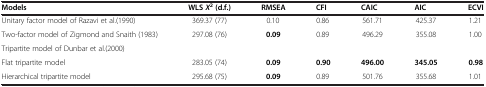
<table><thead><tr><td><b>Models</b></td><td><b>WLS <i>X</i><sup>2 </sup>(d.f.)</b></td><td><b>RMSEA</b></td><td><b>CFI</b></td><td><b>CAIC</b></td><td><b>AIC</b></td><td><b>ECVI</b></td></tr></thead><tbody><tr><td>Unitary factor model of Razavi et al.(1990)</td><td>369.37 (77)</td><td>0.10</td><td>0.86</td><td>561.71</td><td>425.37</td><td>1.21</td></tr><tr><td>Two-factor model of Zigmond and Snaith (1983)</td><td>297.08 (76)</td><td><b>0.09</b></td><td>0.89</td><td>496.29</td><td>355.08</td><td>1.00</td></tr><tr><td>Tripartite model of Dunbar et al.(2000)</td><td> </td><td> </td><td> </td><td> </td><td> </td><td> </td></tr><tr><td>Flat tripartite model</td><td>283.05 (74)</td><td><b>0.09</b></td><td><b>0.90</b></td><td><b>496.00</b></td><td><b>345.05</b></td><td><b>0.98</b></td></tr><tr><td>Hierarchical tripartite model</td><td>295.68 (75)</td><td><b>0.09</b></td><td>0.89</td><td>501.76</td><td>355.68</td><td>1.01</td></tr></tbody></table>